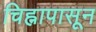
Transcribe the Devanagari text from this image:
चिह्नापासून